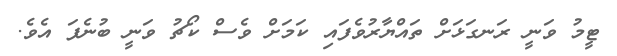
ޓީމު ވަނީ ރަނގަޅަށް ތައްޔާރުވެފައި ކަމަށް ވެސް ކޯޗު ވަނީ ބުނެފަ އެވެ.